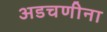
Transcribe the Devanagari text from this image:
अडचणीना